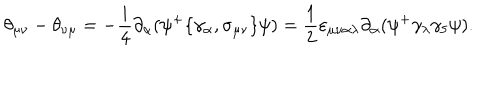
\theta _ { \mu \nu } - \theta _ { \nu \mu } = - \frac { \mathrm { i } } 4 \partial _ { \alpha } ( \psi ^ { + } \{ \gamma _ { \alpha } , \sigma _ { \mu \nu } \} \psi ) = \frac 1 2 \varepsilon _ { \mu \nu \alpha \lambda } \partial _ { \alpha } ( \psi ^ { + } \gamma _ { \lambda } \gamma _ { 5 } \psi ) .